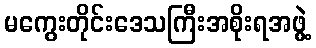
မကွေးတိုင်းဒေသကြီးအစိုးရအဖွဲ့